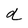
Character: a